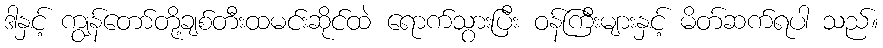
ဒါနှင့် ကျွန်တော်တို့ချစ်တီးထမင်းဆိုင်ထဲ ရောက်သွားပြီး ဝန်ကြီးများနှင့် မိတ်ဆက်ရပါ သည်။